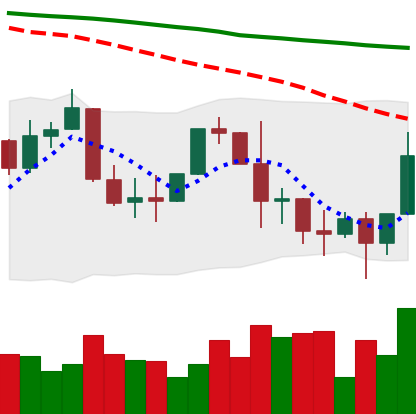
Ticker: XLM-USD
Chart end date: 2022-01-12
Forward return: -9.328%
Label: down_7plus